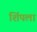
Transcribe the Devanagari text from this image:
शिंपला